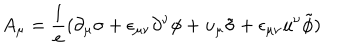
A _ { \mu } = { \frac { 1 } { e } } ( \partial _ { \mu } \sigma + \epsilon _ { \mu \nu } \partial ^ { \nu } \phi + u _ { \mu } \tilde { \sigma } + \epsilon _ { \mu \nu } u ^ { \nu } \tilde { \phi } )